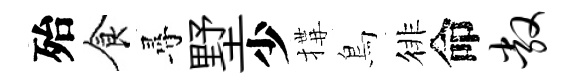
殆食尋墅少搆鳥徘命敞